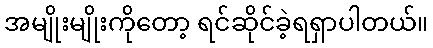
အမျိုးမျိုးကိုတော့ ရင်ဆိုင်ခဲ့ရရှာပါတယ်။